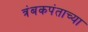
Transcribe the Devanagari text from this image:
त्रंबकपंताच्या